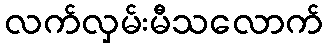
လက်လှမ်းမီသလောက်